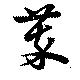
萃